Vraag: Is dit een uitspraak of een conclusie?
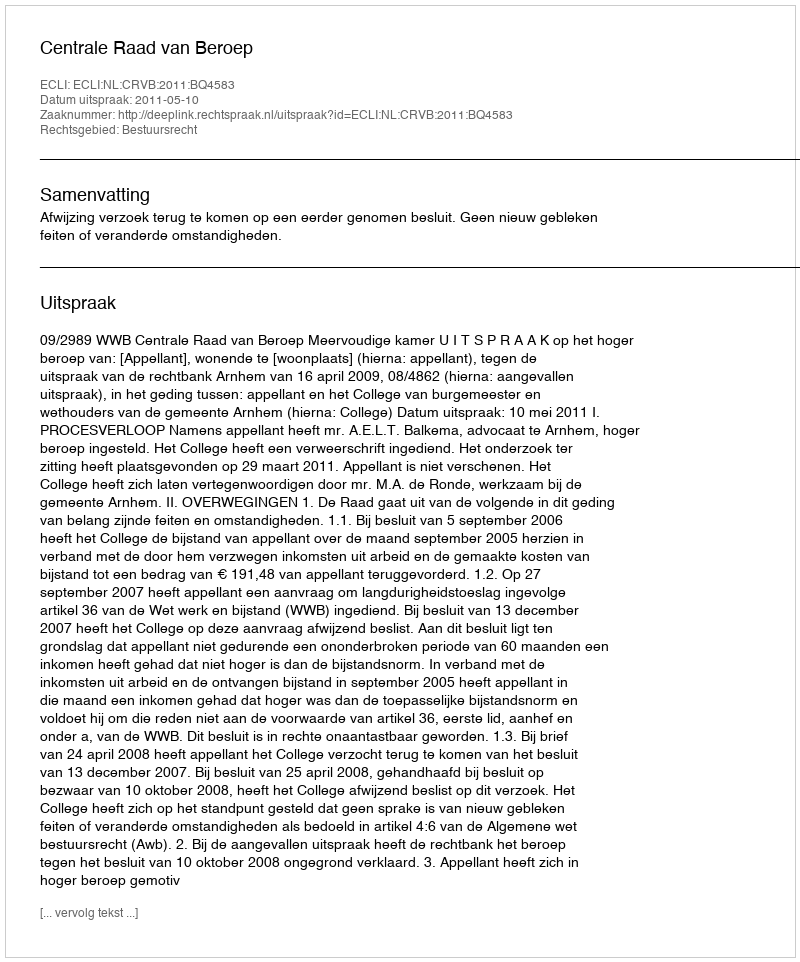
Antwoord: Uitspraak